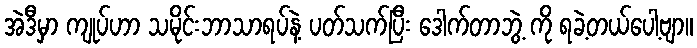
အဲဒီမှာ ကျုပ်ဟာ သမိုင်းဘာသာရပ်နဲ့ ပတ်သက်ပြီး ဒေါက်တာဘွဲ့ ကို ရခဲ့တယ်ပေါ့ဗျာ။